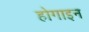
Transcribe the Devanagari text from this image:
होगाइन